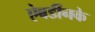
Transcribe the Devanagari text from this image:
ऐबर्डीनके